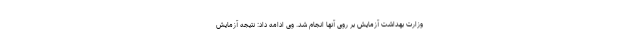
وزارت بهداشت آزمایش بر روی آنها انجام شد. وی ادامه داد: نتیجه آزمایش